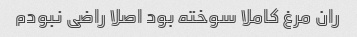
ران مرغ کاملا سوخته بود اصلا راضی نبودم